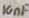
Text: 10nF